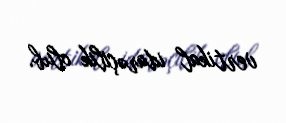
vertikal idarəçilik olub.